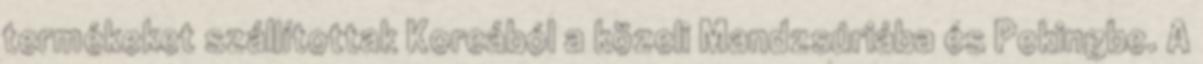
termékeket szállítottak Koreából a közeli Mandzsúriába és Pekingbe. A